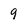
Character: 9